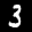
Label: 3